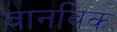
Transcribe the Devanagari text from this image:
वानविक